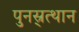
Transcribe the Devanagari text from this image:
पुनस्र्त्थान